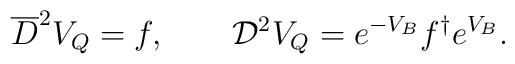
\overline D^2V_Q=f,   \qquad{\cal D}^2V_Q=e^{-V_B}f^\dagger e^{V_B}.